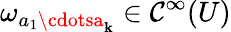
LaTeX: \omega_{a_{1}\cdotsa_{\mathbf{k}}}\in\mathcal{{C}}^{\infty}(U)